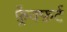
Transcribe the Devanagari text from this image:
फ़्रैक्फ़र्ट